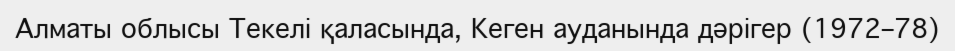
Алматы облысы Текелі қаласында, Кеген ауданында дәрігер (1972–78)